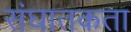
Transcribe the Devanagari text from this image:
संघातकता